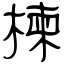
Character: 楝